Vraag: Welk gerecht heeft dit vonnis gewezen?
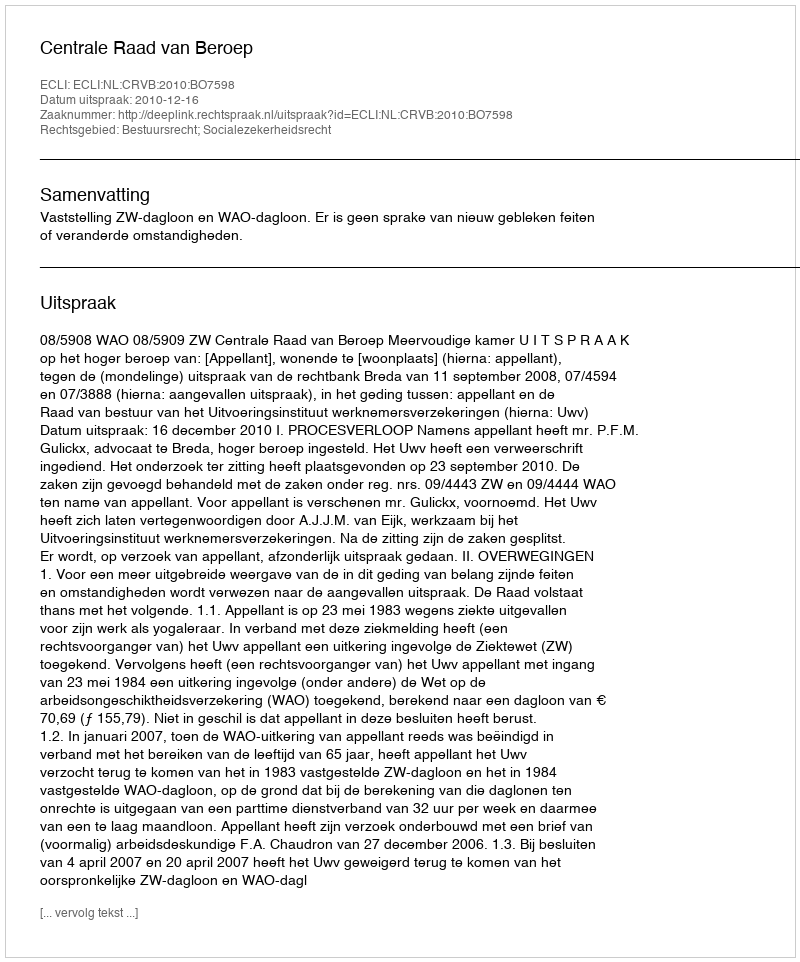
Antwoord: Centrale Raad van Beroep